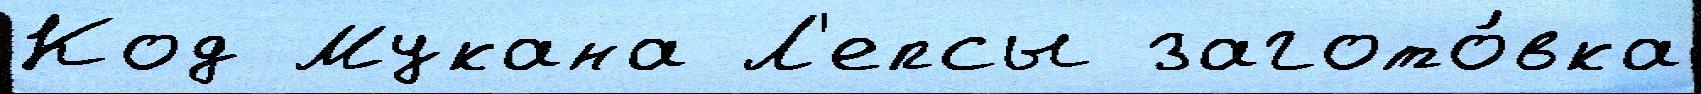
Код Мукана Л'епсы загото́вка